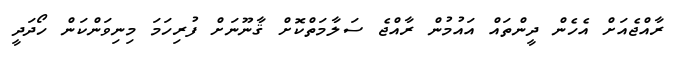
ރާއްޖެއަށް އެހެން ދީންތައް އައުމުން ރާއްޖެ ސަލާމަތްކޮށް ޤާނޫނަށް ފުރިހަމަ މިނިވަންކަން ހޯދަދީ